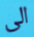
الى